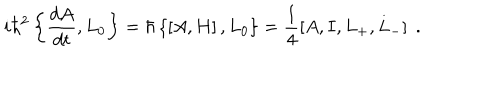
LaTeX: i \hbar ^ { 2 } \left\{ \frac { d A } { d t } , L _ { 0 } \right\} = \hbar \left\{ \left[ A , H \right] , L _ { 0 } \right\} = \frac { 1 } { 4 } \left[ A , I , L _ { + } , L _ { - } \right] \; .